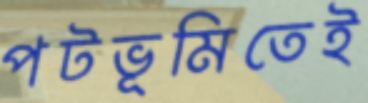
পটভূমিতেই